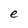
Character: e